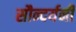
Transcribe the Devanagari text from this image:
सौन्दर्यनी